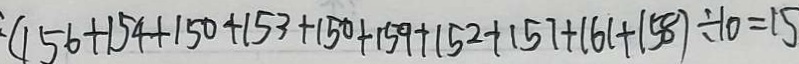
: ( 1 5 6 + 1 5 4 + 1 5 0 + 1 5 3 + 1 5 0 + 1 5 9 + 1 5 2 + 1 5 7 + 1 6 1 + 1 5 8 ) \div 1 0 = 1 5